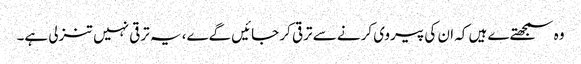
وہ سمجھتےے ہیں کہ ان کی پیروی کرنے سے ترقی کر جائیں گےے، یہ ترقی نہیں تنزلی ہے۔